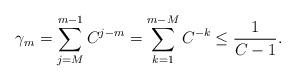
LaTeX: \begin{align*}\gamma_m=\sum_{j=M}^{m-1}C^{j-m} = \sum_{k=1}^{m-M}C^{-k} \leq \frac{1}{C-1}.\end{align*}